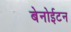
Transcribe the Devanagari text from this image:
बेनोईटन